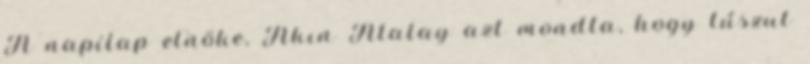
A napilap elnöke, Akın Atalay azt mondta, hogy túszul